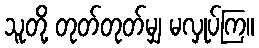
သူတို့ တုတ်တုတ်မျှ မလှုပ်ကြ။